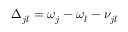
\Delta _ { j l } = \omega _ { j } - \omega _ { l } - \nu _ { j l }